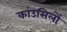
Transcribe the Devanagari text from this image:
कांउसिलों